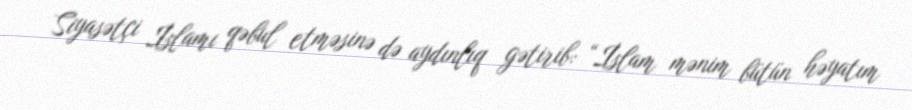
Siyasətçi İslamı qəbul etməsinə də aydınlıq gətirib: “İslam mənim bütün həyatım